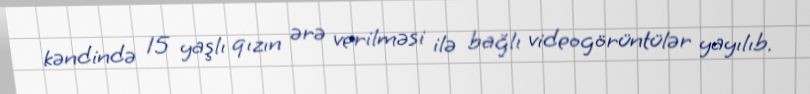
kəndində 15 yaşlı qızın ərə verilməsi ilə bağlı videogörüntülər yayılıb.